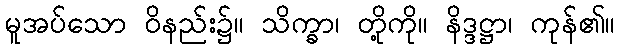
မူအပ်သော ဝိနည်း၌။ သိက္ခာ၊ တို့ကို။ နိဒ္ဒဋ္ဌာ၊ ကုန်၏။